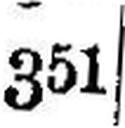
351